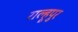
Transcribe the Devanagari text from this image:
राल्हूपुर